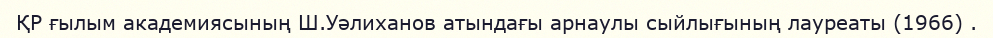
ҚР ғылым академиясының Ш.Уәлиханов атындағы арнаулы сыйлығының лауреаты (1966) .